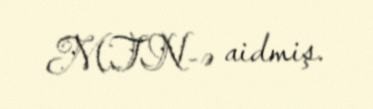
MTN-ə aidmiş.